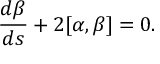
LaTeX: \frac { d \beta } { d s } + 2 [ \alpha , \beta ] = 0 .